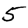
Digit: 5